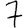
Digit: 7